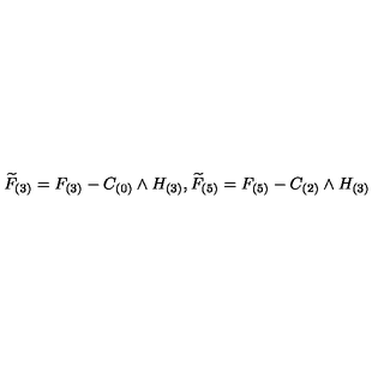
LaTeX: { \widetilde { F } } _ { ( 3 ) } = F _ { ( 3 ) } - C _ { ( 0 ) } \wedge H _ { ( 3 ) } , { \widetilde { F } } _ { ( 5 ) } = F _ { ( 5 ) } - C _ { ( 2 ) } \wedge H _ { ( 3 ) }